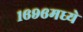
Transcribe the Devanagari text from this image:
१६९६मध्ये